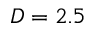
D = 2 . 5